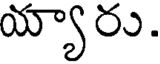
య్యారు.